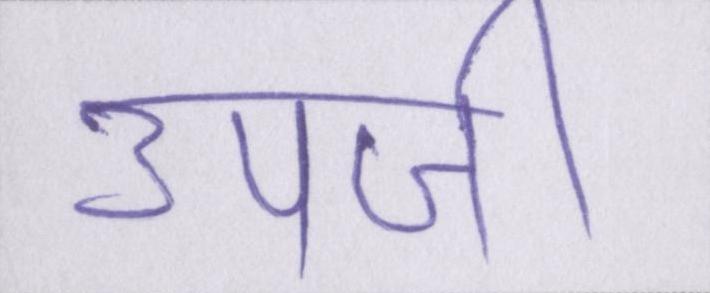
उपजी